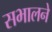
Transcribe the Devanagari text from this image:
सभालने